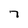
Character: 7